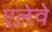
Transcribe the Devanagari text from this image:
एलेवे